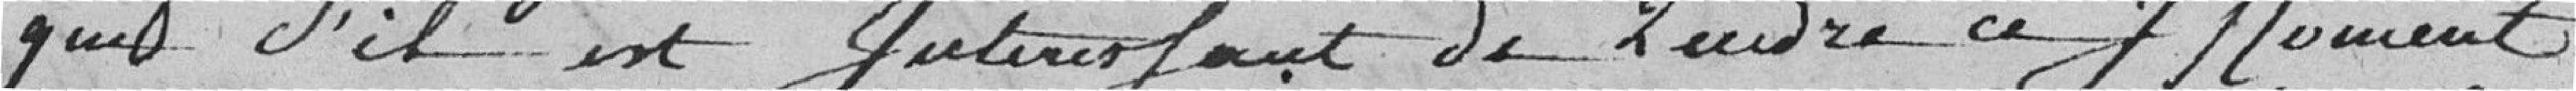
que s'il est intéressant de rendre ce moment